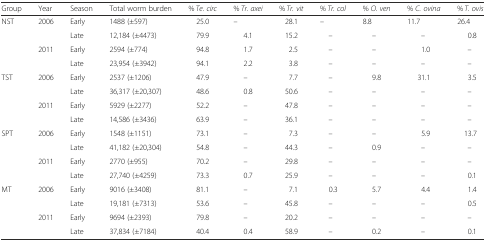
| Group | Year | Season | Total worm burden | % Te. circ | % Tr. axei | % Tr. vit | % Tr. col | % O. ven | % C. ovina | % T. ovis |
 | --- | --- | --- | --- | --- | --- | --- | --- | --- | --- | --- |
 | <ROWSPAN=4> NST | <ROWSPAN=2> 2006 | Early | 1488 (±597) | 25.0 | – | 28.1 | – | 8.8 | 11.7 | 26.4 |
 | Late | 12,184 (±4473) | 79.9 | 4.1 | 15.2 | – | – | – | 0.8 |
 | <ROWSPAN=2> 2011 | Early | 2594 (±774) | 94.8 | 1.7 | 2.5 | – | – | 1.0 | – |
 | Late | 23,954 (±3942) | 94.1 | 2.2 | 3.8 | – | – | – | – |
 | <ROWSPAN=4> TST | <ROWSPAN=2> 2006 | Early | 2537 (±1206) | 47.9 | – | 7.7 | – | 9.8 | 31.1 | 3.5 |
 | Late | 36,317 (±20,307) | 48.6 | 0.8 | 50.6 | – | – | – | – |
 | <ROWSPAN=2> 2011 | Early | 5929 (±2277) | 52.2 | – | 47.8 | – | – | – | – |
 | Late | 14,586 (±3436) | 63.9 | – | 36.1 | – | – | – | – |
 | <ROWSPAN=4> SPT | <ROWSPAN=2> 2006 | Early | 1548 (±1151) | 73.1 | – | 7.3 | – | – | 5.9 | 13.7 |
 | Late | 41,182 (±20,304) | 54.8 | – | 44.3 | – | 0.9 | – | – |
 | <ROWSPAN=2> 2011 | Early | 2770 (±955) | 70.2 | – | 29.8 | – | – | – | – |
 | Late | 27,740 (±4259) | 73.3 | 0.7 | 25.9 | – | – | – | 0.1 |
 | <ROWSPAN=4> MT | <ROWSPAN=2> 2006 | Early | 9016 (±3408) | 81.1 | – | 7.1 | 0.3 | 5.7 | 4.4 | 1.4 |
 | Late | 19,181 (±7313) | 53.6 | – | 45.8 | – | – | – | 0.5 |
 | <ROWSPAN=2> 2011 | Early | 9694 (±2393) | 79.8 | – | 20.2 | – | – | – | – |
 | Late | 37,834 (±7184) | 40.4 | 0.4 | 58.9 | – | 0.2 | – | 0.1 |